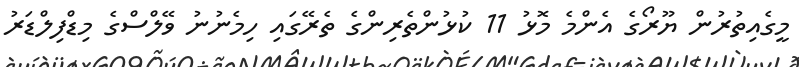
މީގެއިތުރުން ޔޫރޯގެ އެންމެ މޮޅު 11 ކުޅުންތެރިންގެ ތެރޭގައި ހިމެނުނު ވޭލްސްގެ މިޑްފިލްޑަރު